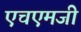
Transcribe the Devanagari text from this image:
एचएमजी